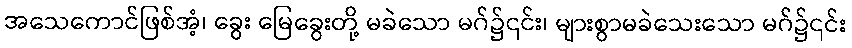
အသေကောင်ဖြစ်အံ့၊ ခွေး မြေခွေးတို့ မခဲသော မဂ်၌၎င်း၊ များစွာမခဲသေးသော မဂ်၌၎င်း